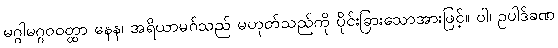
မဂ္ဂါမဂ္ဂဝဝတ္ထာ နေန၊ အရိယာမဂ်သည် မဟုတ်သည်ကို ပိုင်းခြားသောအားဖြင့်။ ဝါ၊ ဥပါဒ်ခဏ